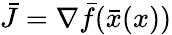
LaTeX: {\bar{J}}=\nabla{\bar{f}}({\bar{x}}(x))